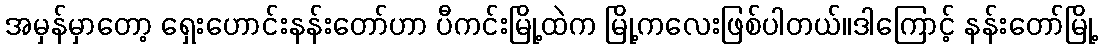
အမှန်မှာတော့ ရှေးဟောင်းနန်းတော်ဟာ ပီကင်းမြို့ထဲက မြို့ကလေးဖြစ်ပါတယ်။ဒါကြောင့် နန်းတော်မြို့